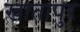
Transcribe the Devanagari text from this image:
खातापुर